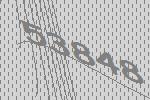
53848